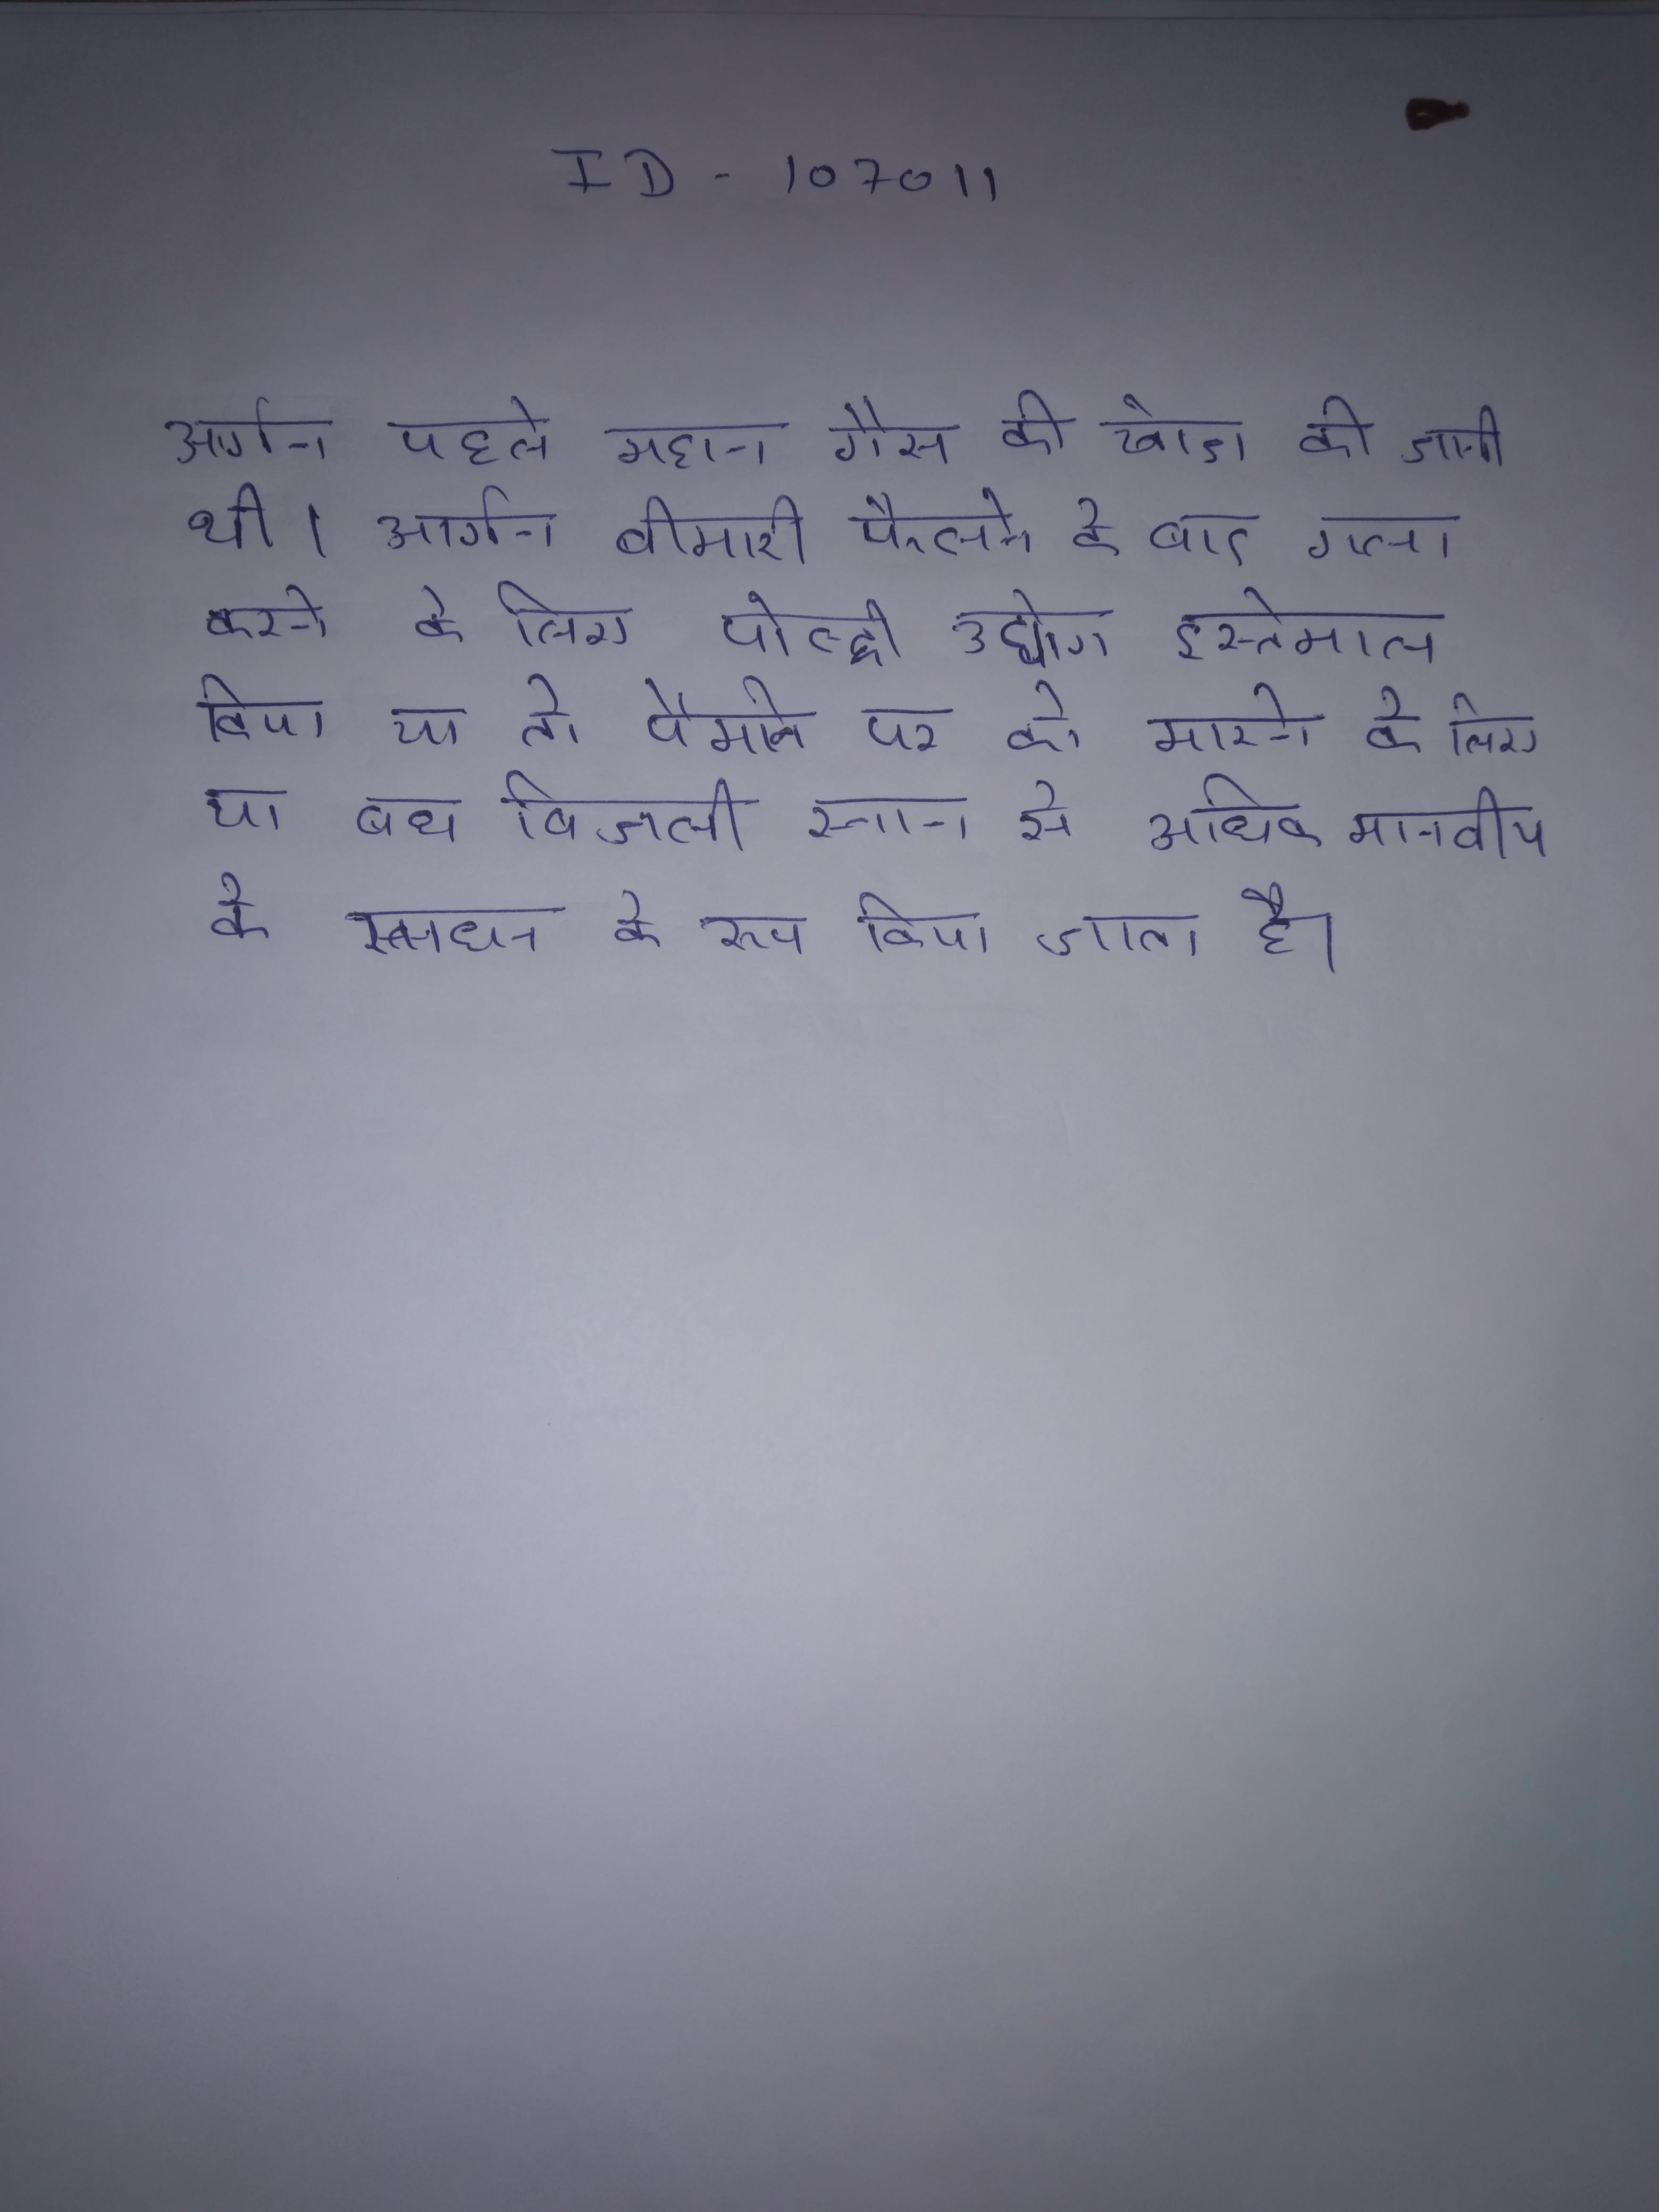
आर्गन पहले महान गैस की खोज की जानी थी । आर्गन बीमारी फैलने के बाद, गला करने के लिए पोल्ट्री उद्योग इस्तेमाल किया या तो पैमाने पर को मारने के लिए, या वध बिजली स्नान से अधिक मानवीय के एक साधन के रूप किया जाता है ।